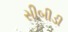
સીબીડી